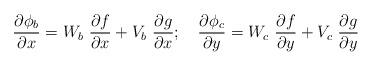
LaTeX: \begin{align*}\frac{\partial \phi_b}{\partial x}=W_b~\frac{\partial f}{\partial x}+V_b~\frac{\partial g}{\partial x};~~~\frac{\partial \phi_c}{\partial y}=W_c~\frac{\partial f}{\partial y}+V_c~\frac{\partial g}{\partial y}\end{align*}